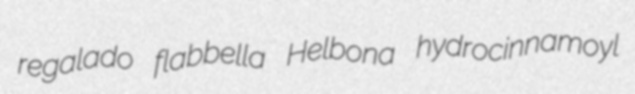
regalado flabbella Helbona hydrocinnamoyl